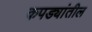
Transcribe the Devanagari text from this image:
कपड्यांतील